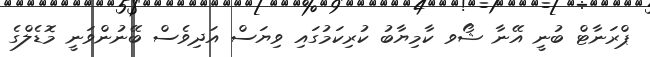
ޕްރަނާޓް ބުނީ އޭނާ ޝޯވ ކާމިޔާބު ކުރިކަމުގައި ވިޔަސް އަދިވެސް ބޭނުންވަނީ މޮޑެލްގެ